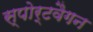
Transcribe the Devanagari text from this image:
स्पोर्टवैगन